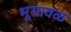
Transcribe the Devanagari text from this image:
भूसावळ